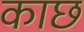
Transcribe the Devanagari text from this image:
काछ